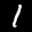
Label: 1